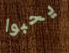
يحبوا